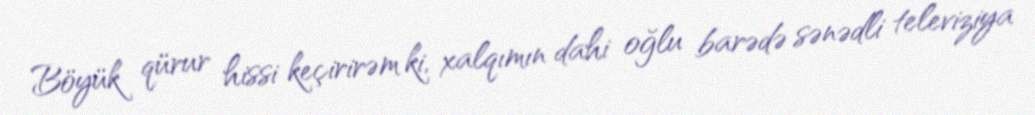
Böyük qürur hissi keçirirəm ki, xalqımın dahi oğlu barədə sənədli televiziya